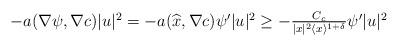
LaTeX: \begin{align*} \textstyle -a(\nabla \psi,\nabla c)|u|^{2}= -a(\widehat{x},\nabla c)\psi'|u|^{2} \ge -\frac{C_{c}}{|x|^{2}\langle x\rangle^{1+\delta}} \psi'|u|^{2}\end{align*}